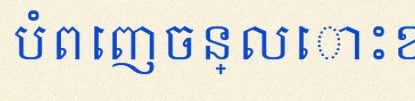
បំពេញចន្លោះខាងក្រោម